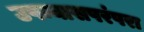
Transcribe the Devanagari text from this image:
उपन्यासपरंपरा